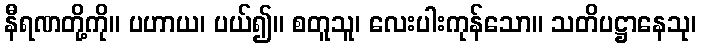
နီရဏတို့ကို။ ပဟာယ၊ ပယ်၍။ စတူသူ၊ လေးပါးကုန်သော။ သတိပဋ္ဌာနေသု၊